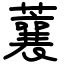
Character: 蘘